system: You are a helpful assistant.
user:
Analyze the provided spectrum to determine if it is a **Carbon Star (C-type)**.

- **Key Visual Indicators of Carbon Star:**
    - **(Primary):** Strong molecular absorption from **C₂ (diatomic carbon) "Swan Bands."** This is the **defining feature** of a carbon star.
        - **(Key Bandheads):** Sharp absorption edges are visible at approximately $5635$ Å, $5165$ Å (the strongest band), and $4737$ Å.
        - **(Line Profile):** Creates a distinct **"saw-tooth"** pattern. The key morphology is a sharp, steep bandhead on the **red (long-wavelength) side**, which then gradually tapers off (i.e., flux recovers) towards the **blue (short-wavelength) side**. *(This is the direct opposite of the TiO bands seen in M-type stars)*.

    - **(Secondary):** Intense **CN (cyanogen)** molecular absorption bands.
        - **(Key Bandheads):** Located in the blue and violet regions of the spectrum (e.g., near $4215$ Å and $3883$ Å).
        - **(Morphology):** These bands are extremely broad and act as a "blanket," absorbing the vast majority of blue and violet light. This creates a characteristic **"cliff"** or **"steep drop-off"** in the spectrum's flux at short wavelengths.

    - **(Key Confirmation):** Strong **CH absorption band (G-band)**.
        - **(Key Bandhead):** Located around $4300$ Å. The contribution from CH molecules to this band is exceptionally strong.

    - **(Overall Spectrum):**
        - The continuum is severely "chopped up" by these deep molecular bands, especially C₂, rather than appearing as a smooth curve.
        - Due to the heavy CN and C₂ absorption in the blue-green, the vast majority of the star's flux is concentrated in the red part of the spectrum, giving the star its characteristic deep red color.

Think first, call **spectral_visualization_tool** if needed to examine features in detail, then provide your final answer. Your response must adhere to the following strict rules:
1.  **Overall Structure:** Your response must follow the format `<think>...</think> <tool_call>...</tool_call> (if a tool is used) <answer>...</answer>`.
2.  **Tool Usage Constraint:** You may only make **one** tool call per turn.
3.  **Final Answer Format:** In the `<answer>` tag, your conclusion must be inside a `\boxed{}` command (e.g., `\boxed{YES}`), followed by your justification.

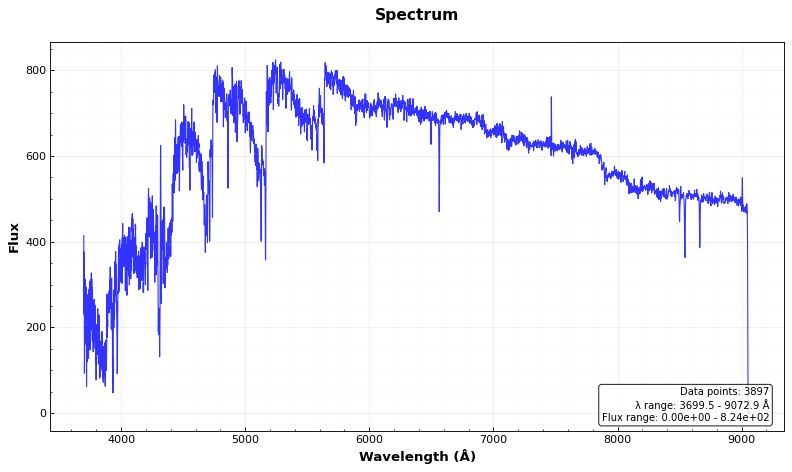
Answer: YES